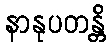
နာနုပတန္တိ